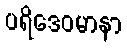
ပရိဒေဝမာနာ